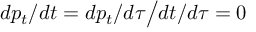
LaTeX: d p _ { t } / d t = d p _ { t } / d \tau { \big / } d t / d \tau = 0